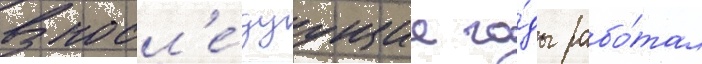
В посл'е́дуущие го́ды рабо́тал